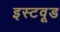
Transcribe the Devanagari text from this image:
इस्टवूड